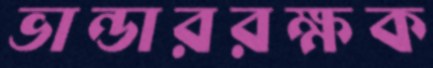
ভান্ডাররক্ষক